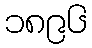
၁၈၉၆